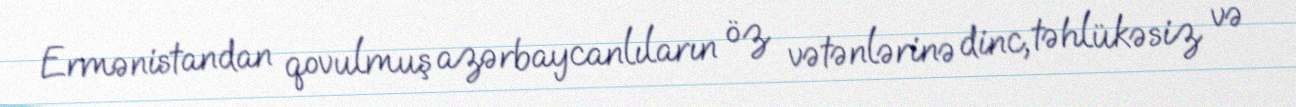
Ermənistandan qovulmuş azərbaycanlıların öz vətənlərinə dinc, təhlükəsiz və